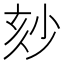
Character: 𡭹